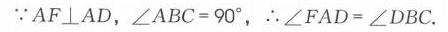
$\because AF\perp AD,\angle ABC = 90^{\circ},\therefore\angle FAD=\angle DBC.$